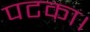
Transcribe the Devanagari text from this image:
पटका।